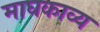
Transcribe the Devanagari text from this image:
माघकाव्य